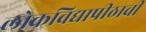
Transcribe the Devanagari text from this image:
लोकविद्यापीठाची